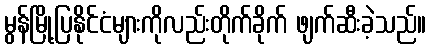
မွန်မြို့ပြနိုင်ငံများကိုလည်းတိုက်ခိုက် ဖျက်ဆီးခဲ့သည်။